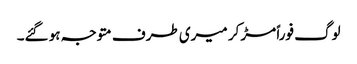
لوگ فوراً مڑ کر میری طرف متوجہ ہو گئے۔